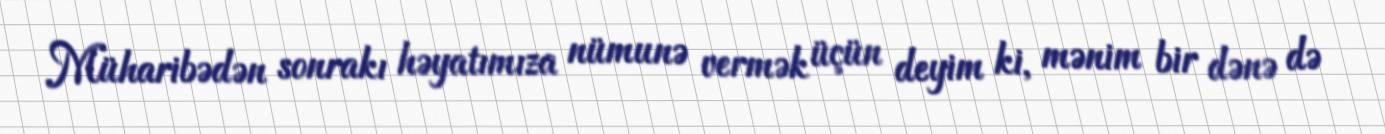
Müharibədən sonrakı həyatımıza nümunə vermək üçün deyim ki, mənim bir dənə də